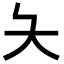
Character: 夨